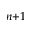
n { + 1 }